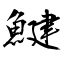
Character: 鰎